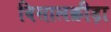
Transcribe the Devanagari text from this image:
विसालक्रीड़ा